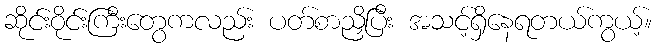
ဆိုင်းဝိုင်းကြီးတွေကလည်း ပတ်စာညှိပြီး အသင့်ရှိနေရတယ်ကွယ့်။